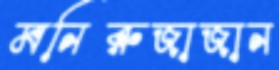
মনিরুজাজান